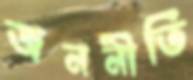
জননীতি